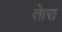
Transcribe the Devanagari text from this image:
तेारा